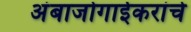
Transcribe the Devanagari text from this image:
अंबाजोगाईकरांचे